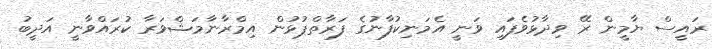
ރައީސް ޔާމީން ރޭ ވިދާޅުވެފައި ވަނީ އެމަނިކުފާނުގެ ފަރާތްޕުޅުން އިމްރާނާމަޝްވަރާ ކުރައްވާނީ އަދީބު